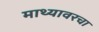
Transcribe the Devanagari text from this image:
माथ्यावरचा